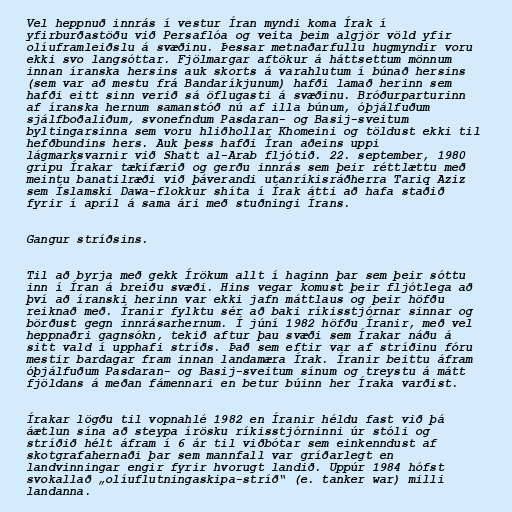
Vel heppnuð innrás í vestur Íran myndi koma Írak í
yfirburðastöðu við Persaflóa og veita þeim algjör völd yfir
olíuframleiðslu á svæðinu. Þessar metnaðarfullu hugmyndir voru
ekki svo langsóttar. Fjölmargar aftökur á háttsettum mönnum
innan íranska hersins auk skorts á varahlutum í búnað hersins
(sem var að mestu frá Bandaríkjunum) hafði lamað herinn sem
hafði eitt sinn verið sá öflugasti á svæðinu. Bróðurparturinn
af íranska hernum samanstóð nú af illa búnum, óþjálfuðum
sjálfboðaliðum, svonefndum Pasdaran- og Basij-sveitum
byltingarsinna sem voru hliðhollar Khomeini og töldust ekki til
hefðbundins hers. Auk þess hafði Íran aðeins uppi
lágmarksvarnir við Shatt al-Arab fljótið. 22. september, 1980
gripu Írakar tækifærið og gerðu innrás sem þeir réttlættu með
meintu banatilræði við þáverandi utanríkisráðherra Tariq Aziz
sem Íslamski Dawa-flokkur shíta í Írak átti að hafa staðið
fyrir í apríl á sama ári með stuðningi Írans.

Gangur stríðsins.

Til að byrja með gekk Írökum allt í haginn þar sem þeir sóttu
inn í Íran á breiðu svæði. Hins vegar komust þeir fljótlega að
því að íranski herinn var ekki jafn máttlaus og þeir höfðu
reiknað með. Íranir fylktu sér að baki ríkisstjórnar sinnar og
börðust gegn innrásarhernum. Í júní 1982 höfðu Íranir, með vel
heppnaðri gagnsókn, tekið aftur þau svæði sem Írakar náðu á
sitt vald í upphafi stríðs. Það sem eftir var af stríðinu fóru
mestir bardagar fram innan landamæra Írak. Íranir beittu áfram
óþjálfuðum Pasdaran- og Basij-sveitum sínum og treystu á mátt
fjöldans á meðan fámennari en betur búinn her Íraka varðist.

Írakar lögðu til vopnahlé 1982 en Íranir héldu fast við þá
áætlun sína að steypa írösku ríkisstjórninni úr stóli og
stríðið hélt áfram í 6 ár til viðbótar sem einkenndust af
skotgrafahernaði þar sem mannfall var gríðarlegt en
landvinningar engir fyrir hvorugt landið. Uppúr 1984 hófst
svokallað „olíuflutningaskipa-stríð“ (e. tanker war) milli
landanna.